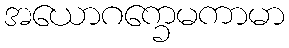
အယောဂက္ခေမကာမာ